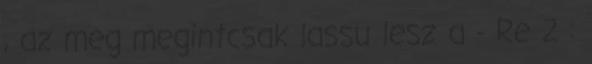
, az meg megintcsak lassu lesz a - Re 2 :